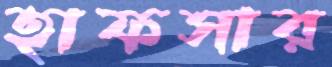
হাফসার